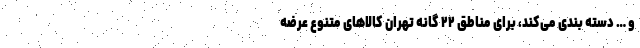
و … دسته بندی می‌کند، برای مناطق ۲۲ گانه تهران کالاهای متنوع عرضه